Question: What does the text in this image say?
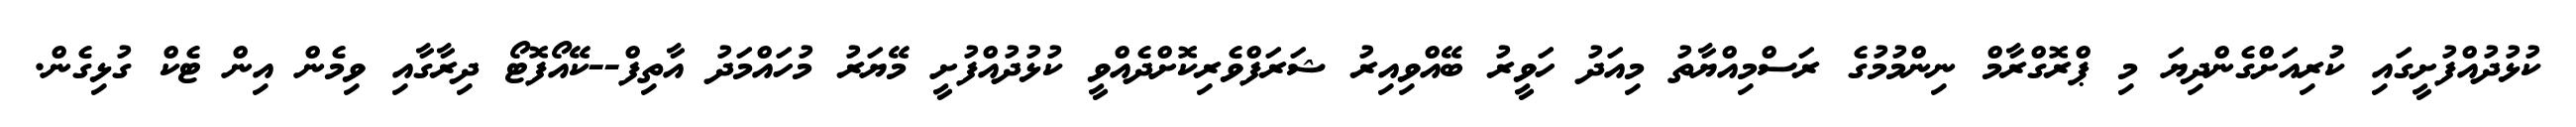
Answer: ކުޅުދުއްފުށީގައި ކުރިއަށްގެންދިޔަ މި ޕްރޮގްރާމް ނިންމުމުގެ ރަސްމިއްޔާތު މިއަދު ހަވީރު ބޭއްވިއިރު ޝަރަފްވެރިކޮށްދެއްވީ ކުޅުދުއްފުށީ މޭޔަރު މުހައްމަދު އާތިފް--ކޭއޯފޮޓޯ ދިރާގާއި ވިމެން އިން ޓެކް ގުޅިގެން.